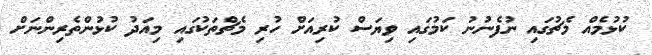
ކުޅުމެއް މެޗުގައި ނުފެނުނު ކަމުގައި ވިޔަސް ކުރިއަށް ހުރި މެޗްތަކުގައި މިއަދު ކުޅުންތެރިންނަށް